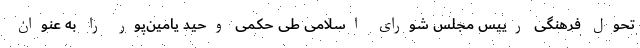
تحول فرهنگی رییس مجلس شورای اسلامی طی حکمی وحید یامین‌پور را به عنوان